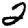
Digit: 2